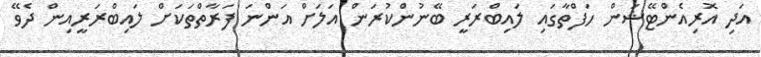
އަދި އޮރިއެންޓޭޝަން ހަފްތާގައި ލައިބްރަރީ ބޭނުންކުރަން އަލަށް އަންނަ ފަރާތްތަކަށް ލައިބްރަރީއިން ދެވޭ